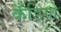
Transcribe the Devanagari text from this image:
कँडिगो